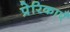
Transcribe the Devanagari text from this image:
प्रेरिकाएँ